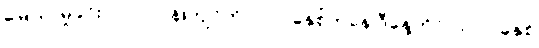
မြေယာမှုခင်း (၁၀၀)ဝန်းကျင်ကို ၂၀၁၂ခုနှစ်ကနေ ဒီနေ့တိုင် ၂၀၂၀ ခုနှစ်